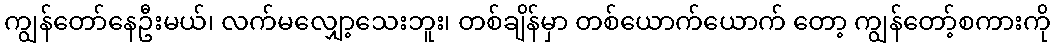
ကျွန်တော်နေဦးမယ်၊ လက်မလျှော့သေးဘူး၊ တစ်ချိန်မှာ တစ်ယောက်ယောက် တော့ ကျွန်တော့်စကားကို